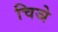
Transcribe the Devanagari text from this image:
चिञे